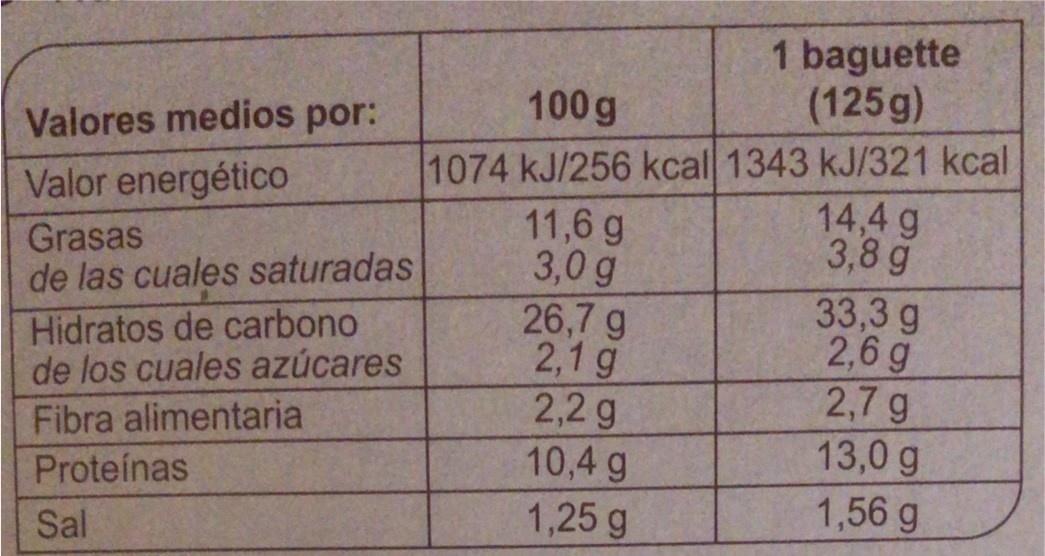
1 baguette (125g)
Valores medios por:
100 g
1074 kJ/256 kcal 1343 kJ/321 kcal 11,6 g 3,0 g 26,7 g 2,1 g 2,2 g 10,4 g 1,25 g
Valor energético
14,4 g 3,8 g 33,3 g 2,6 g 2,7 g 13,0 g
Grasas de las cuales saturadas
Hidratos de carbono de los cuales azúcares
Fibra alimentaria
Proteínas
Sal
1,56 g